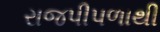
રાજપીપળાથી